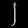
Digit: ၂